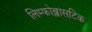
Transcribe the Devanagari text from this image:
लिम्फोब्लासटिक